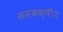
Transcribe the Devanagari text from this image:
समकक्षीय